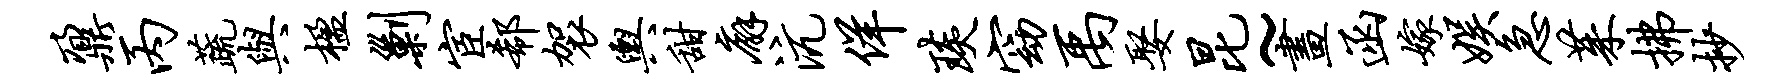
鼐丙蔬与楹剿宦欷袈舆甜廨沆佯琰窈禹娶昆~画函嫁娱急茱拂抄